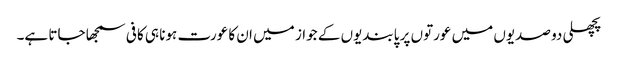
پچھلی دو صدیوں میں عورتوں پر پابندیوں کے جواز میں ان کا عورت ہونا ہی کافی سمجھا جاتا ہے۔